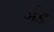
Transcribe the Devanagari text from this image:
जंड